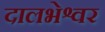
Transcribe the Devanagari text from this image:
दालभेश्वर